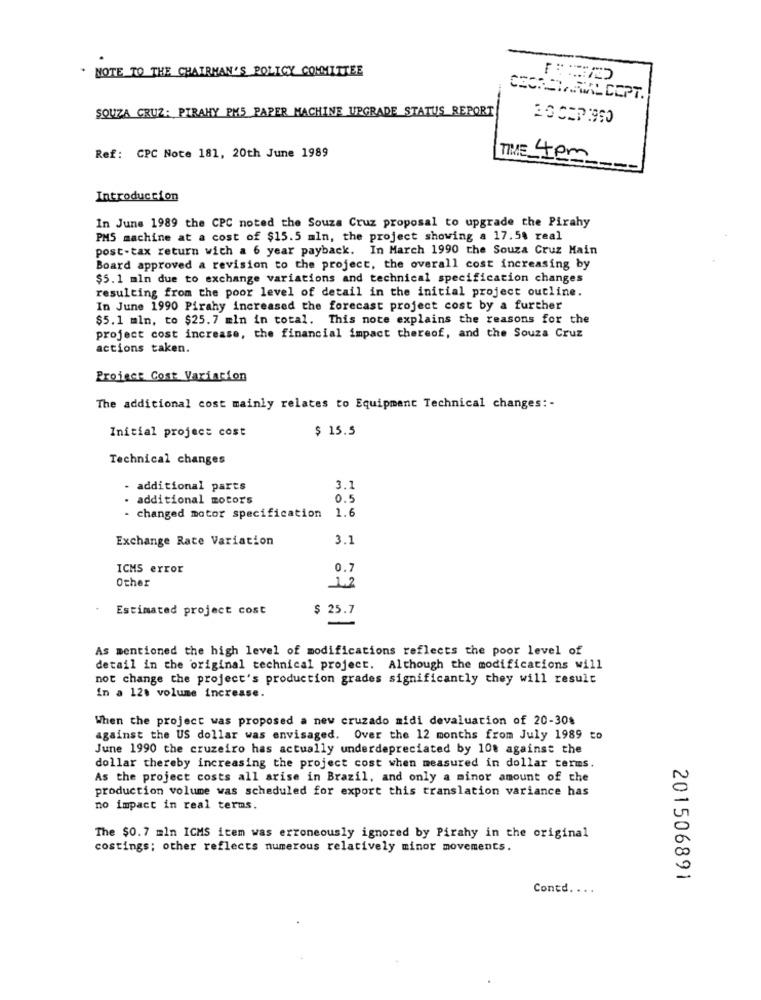
NOTE TO THE CHAIRMAN'S POLICY COMMITTEE
SOUZA CRUZ: PIRAHY PH5 PAPER MACHINE UPGRADE STATUS REPORT
Ref: CPC Note 181, 20th June 1989
TIME 4pm
Introduccion
In June 1989 the CPC noted the Souza Cruz proposal to upgrade the Pirahy
PMS machine at a cost of $15.5 mln, the project showing a 17.58 real
post-tax return with a 6 year payback. In March 1990 the Souza Cruz Main
Board approved a revision to the project, the overall cost increasing by
$5.1 mln due to exchange variations and technical specification changes
resulting from the poor level of detail in the initial project outline.
In June 1990 Pirahy increased the forecast project cost by a further
$5.1 mln, to $25.7 mln in total. This note explains the reasons for the
project cost increase, the financial impact thereof, and the Souza Cruz
actions taken.
Project Cost Variacion
The additional cost mainly relates to Equipment Technical changes :-
$ 15.5
Initial project cost
Technical changes
- additional parts
3.1
. additional motors
0.5
1.6
- changed motor specification
Exchange Rate Variation
3.1
ICMS error
0.7
Other
1.2
Estimated project cost
$ 25.7
As mentioned the high level of modifications reflects the poor level of
detail in the original technical project. Although the modifications will
not change the project's production grades significantly they will result
in a 12. volume increase.
When the project was proposed a new cruzado midi devaluation of 20-30%
against the US dollar was envisaged. Over the 12 months from July 1989 to
June 1990 the cruzeiro has actually underdepreciated by 108 against the
dollar thereby increasing the project cost when measured in dollar terms.
As the project costs all arise in Brazil, and only a minor amount of the
production volume was scheduled for export this translation variance has
no impact in real terms.
The $0.7 mln ICMS item was erroneously ignored by Pirahy in the original
costings; other reflects numerous relatively minor movements.
201506891
Contd. ...